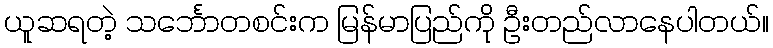
ယူဆရတဲ့ သင်္ဘောတစင်းက မြန်မာပြည်ကို ဦးတည်လာနေပါတယ်။